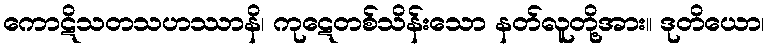
ကောဋိသတသဟဿာနိ၊ ကုဋေတစ်သိန်းသော နတ်လူတို့အား။ ဒုတိယော၊